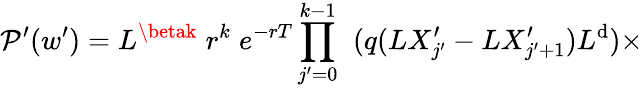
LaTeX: \mathcal{P}^{\prime}(w^{\prime})=L^{\betak}\; r^{k}\; e^{-rT}\prod_{j^{\prime}=0}^{k-1}\; \; (q(LX_{j^{\prime}}^{\prime}-LX_{j^{\prime}+1}^{\prime})L^{\mathrm{d}})\times